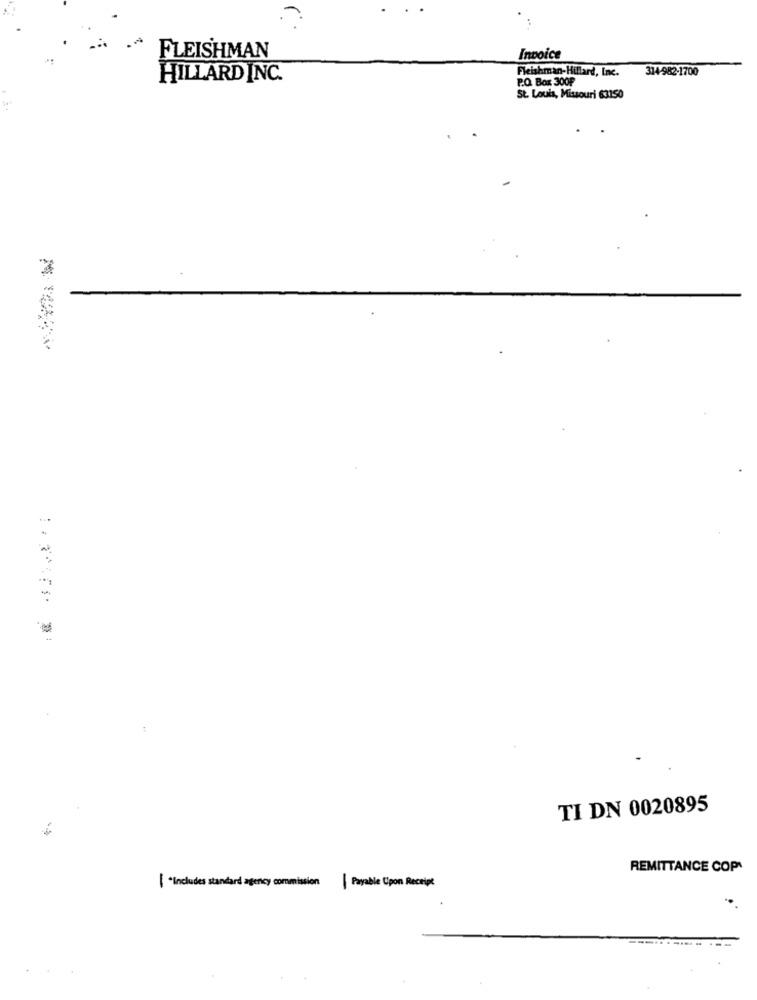
FLEISHMAN
Invoice
Fleishman-Hillard, Inc.
314-982-1700
HILLARD INC.
P.O. Box 300F
St. Louis, Missouri 63150
TI DN 0020895
REMITTANCE COP
[ "Includes standard agency commission
| Payable Upon Receipt